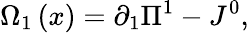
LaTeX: \Omega_{1}\left(x\right)=\partial_{1}\Pi^{1}-J^{0},